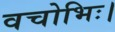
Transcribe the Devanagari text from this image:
वचोभिः।